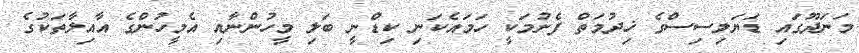
މަނަދޫގައި ޑަޔަލިސިސްގެ ޚިދުމަތް ފެށުމަކީ ހަމައެކަނި ކިޑްނީ ބަލި މީހުންނާއި އެމީހުންގެ އާއިލާތަކުގެ